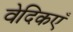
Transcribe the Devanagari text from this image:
वेदिकएँ